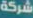
شركة